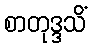
စာတုဒ္ဒသိံ